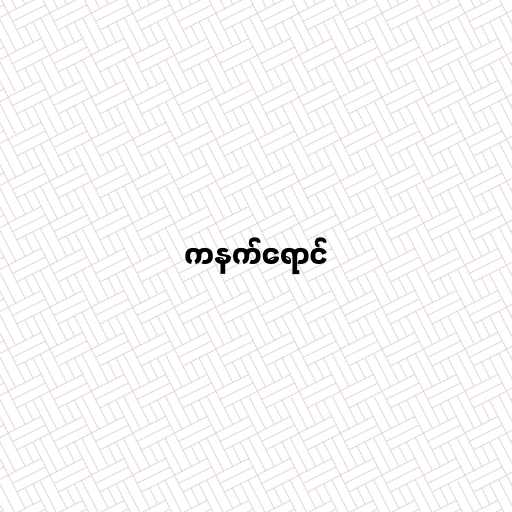
ကနက်ရောင်